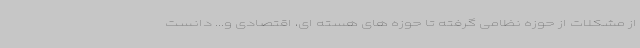
از مشکلات از حوزه نظامی گرفته تا حوزه های هسته ای، اقتصادی و... دانست